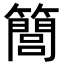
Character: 𥶆